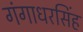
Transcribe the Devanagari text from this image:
गंगाधरसिंह